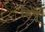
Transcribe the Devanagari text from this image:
डियू